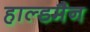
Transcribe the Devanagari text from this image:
हाल्डमैन